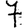
Digit: 7